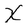
Character: X